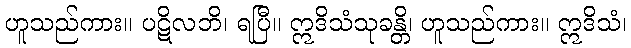
ဟူသည်ကား။ ပဋိလဘိ၊ ရပြီ။ ဣဒိသံသုခန္တိ၊ ဟူသည်ကား။ ဣဒိသံ၊